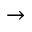
\rightarrow